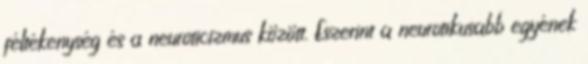
féltékenység és a neuroticizmus között. Eszerint a neurotikusabb egyének